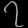
Digit: ၇